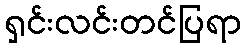
ရှင်းလင်းတင်ပြရာ